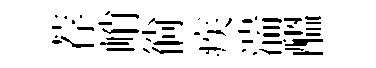
荐峭徜疾湍醖